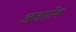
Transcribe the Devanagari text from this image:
अजारोव